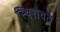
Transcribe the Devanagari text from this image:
स्थिरावते